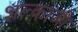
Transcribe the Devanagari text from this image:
शल्काजी